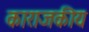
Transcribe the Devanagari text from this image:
काराजकीय